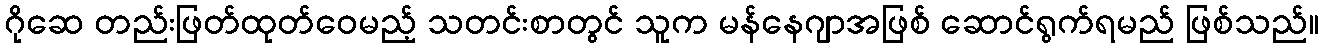
ဂိုဆေ တည်းဖြတ်ထုတ်ဝေမည့် သတင်းစာတွင် သူက မန်နေဂျာအဖြစ် ဆောင်ရွက်ရမည် ဖြစ်သည်။